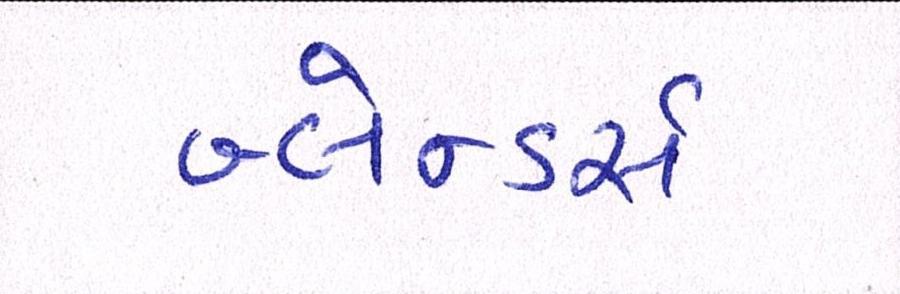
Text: બ્લેન્ડર્સ